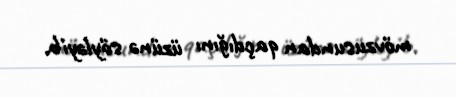
mövzusundan qaçdığını üzünə söyləyib.